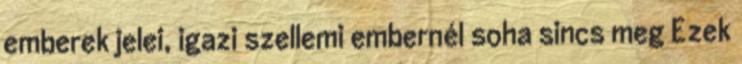
emberek jelei, igazi szellemi embernél soha sincs meg Ezek